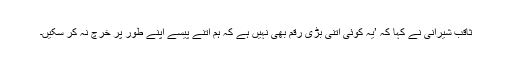
ثاقب شیرانی نے کہا کہ ’یہ کوئی اتنی بڑی رقم بھی نہیں ہے کہ ہم اتنے پیسے اپنے طور پر خرچ نہ کر سکیں۔